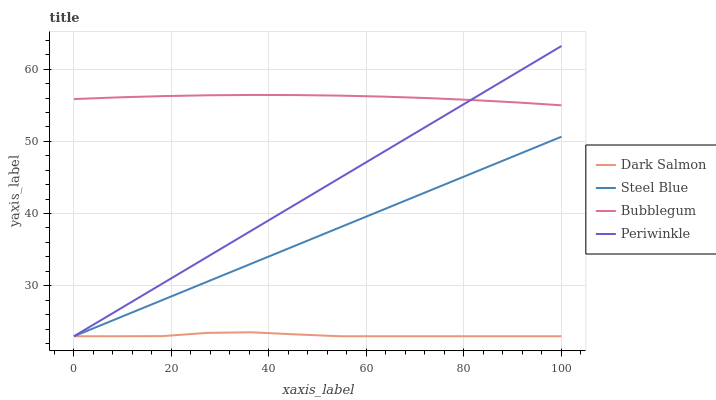
| xaxis_label | Dark Salmon | Steel Blue | Bubblegum | Periwinkle |
 | --- | --- | --- | --- | --- |
 | 0 | 23 | 23 | 55.9 | 23 |
 | 9.09 | 23 | 25.5 | 56.1 | 26.7 |
 | 18.2 | 23 | 28 | 56.3 | 30.3 |
 | 27.3 | 23.5 | 30.5 | 56.4 | 34 |
 | 36.4 | 23.5 | 33.1 | 56.4 | 37.6 |
 | 45.5 | 23.3 | 35.6 | 56.4 | 41.3 |
 | 54.5 | 23 | 38.1 | 56.3 | 44.9 |
 | 63.6 | 23 | 40.6 | 56.2 | 48.6 |
 | 72.7 | 23 | 43.1 | 56 | 52.2 |
 | 81.8 | 23 | 45.6 | 55.7 | 55.9 |
 | 90.9 | 23 | 48.1 | 55.4 | 59.6 |
 | 100 | 23 | 50.6 | 55 | 63.2 |